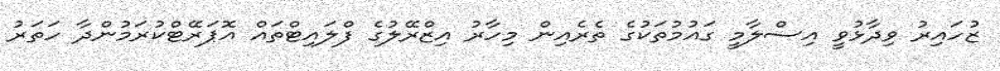
ޒުހައިރު ވިދާޅުވީ އިސްލާމީ ގައުމުތަކުގެ ތެރެއިން މިހާރު އިޒްރޭލުގެ ފްލައިޓްތައް އޮޕަރޭޓްކުރަމުންދާ ހަތަރު